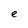
Character: e